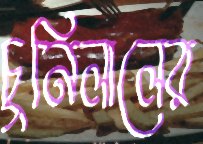
চুনিলালের